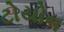
ટોયોન